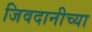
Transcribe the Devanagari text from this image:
जिवदानीच्या